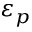
\varepsilon _ { p }